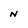
Character: n